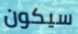
سيكون